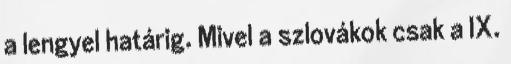
a lengyel határig. Mivel a szlovákok csak a IX.